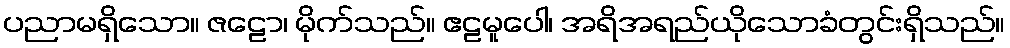
ပညာမရှိသော။ ဇဠော၊ မိုက်သည်။ ဧဠမူပေါ၊ အရိအရည်ယိုသောခံတွင်းရှိသည်။